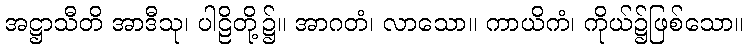
အဋ္ဌာသီတိ အာဒီသု၊ ပါဠိတို့၌။ အာဂတံ၊ လာသော။ ကာယိကံ၊ ကိုယ်၌ဖြစ်သော။